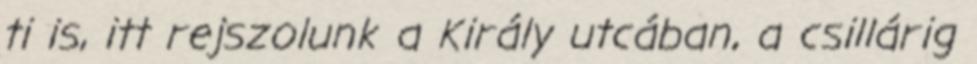
ti is, itt rejszolunk a Király utcában, a csillárig